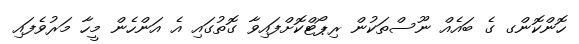
ހޮންކޮންގ ގެ ބައެއް ނޫސްތަކުން ރިޕޯޓްކޮށްފައިވާ ގޮތުގައި އެ އަންހެން މީހާ މަރުވެފައި